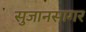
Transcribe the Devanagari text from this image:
सुजानसागर